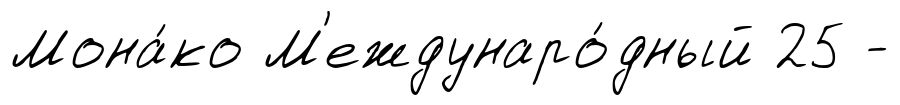
Мона́ко М'еждунаро́дный 25 -